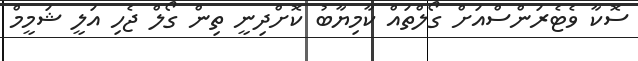
ސޮކާ ވެޓެރަންސްއަށް ގޯލްތައް ކާމިޔާބު ކޮށްދިނީ ތިން ގޯލް ޖެހި އަލީ ޝަމީމް